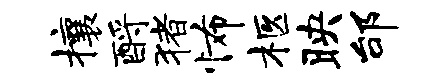
攘酹猪怖柩映邰